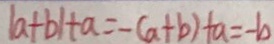
\vert a + b \vert + a = - ( a + b ) + a = - b